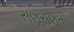
સણસણતો